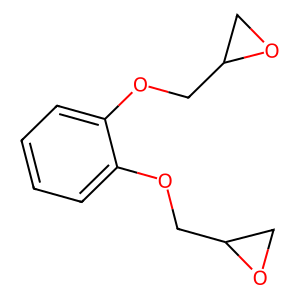
SMILES: c1ccc(OCC2CO2)c(OCC2CO2)c1
Inhibits HIV replication: No